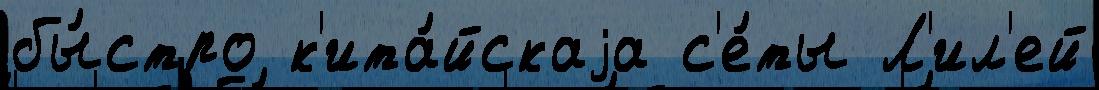
бы́стро к'ита́йскаjа с'е́ты Л'ил'ей